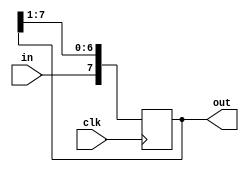
module top(out, clk, in);
    output [7:0] out;
    input signed clk, in;
    reg signed [7:0] out;

`ifndef NO_INIT
    initial begin
        out = 0;
    end
`endif

    always @(posedge clk)
	begin
		out    <= out >> 1;
		out[7] <= in;
	end    
endmodule